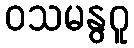
ဝသမနွဂူ